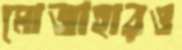
মোজাহারও